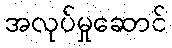
အလုပ်မှုဆောင်